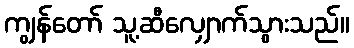
ကျွန်တော် သူ့ဆီလျှောက်သွားသည်။